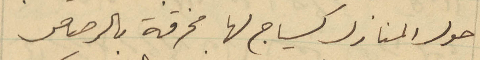
حول المنازل كسياج لها مخرقه بالرصاص